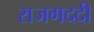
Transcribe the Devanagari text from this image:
राजगददी